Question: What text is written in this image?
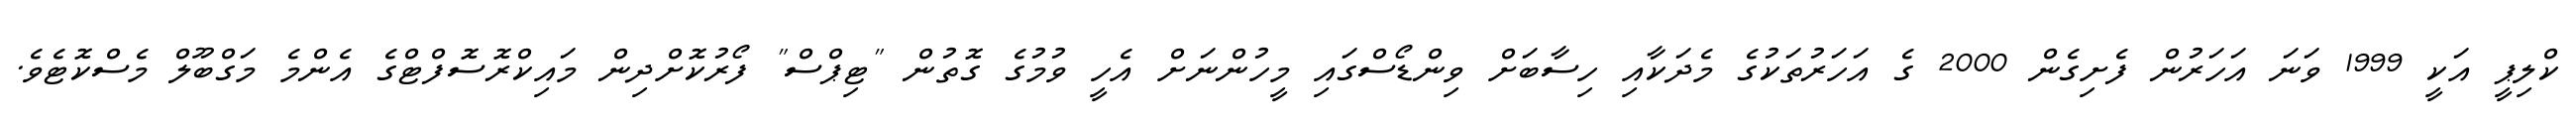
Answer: ކްލިޕީ އަކީ 1999 ވަނަ އަހަރުން ފެށިގެން 2000 ގެ އަހަރުތަކުގެ މެދަކާއި ހިސާބަށް ވިންޑޯސްގައި މީހުންނަށް އެހީ ވުމުގެ ގޮތުން "ޓިޕްސް" ފޯރުކޮށްދިން މައިކްރޮސޮފްޓްގެ އެންމެ މަގްބޫލް މެސްކޮޓެވެ.